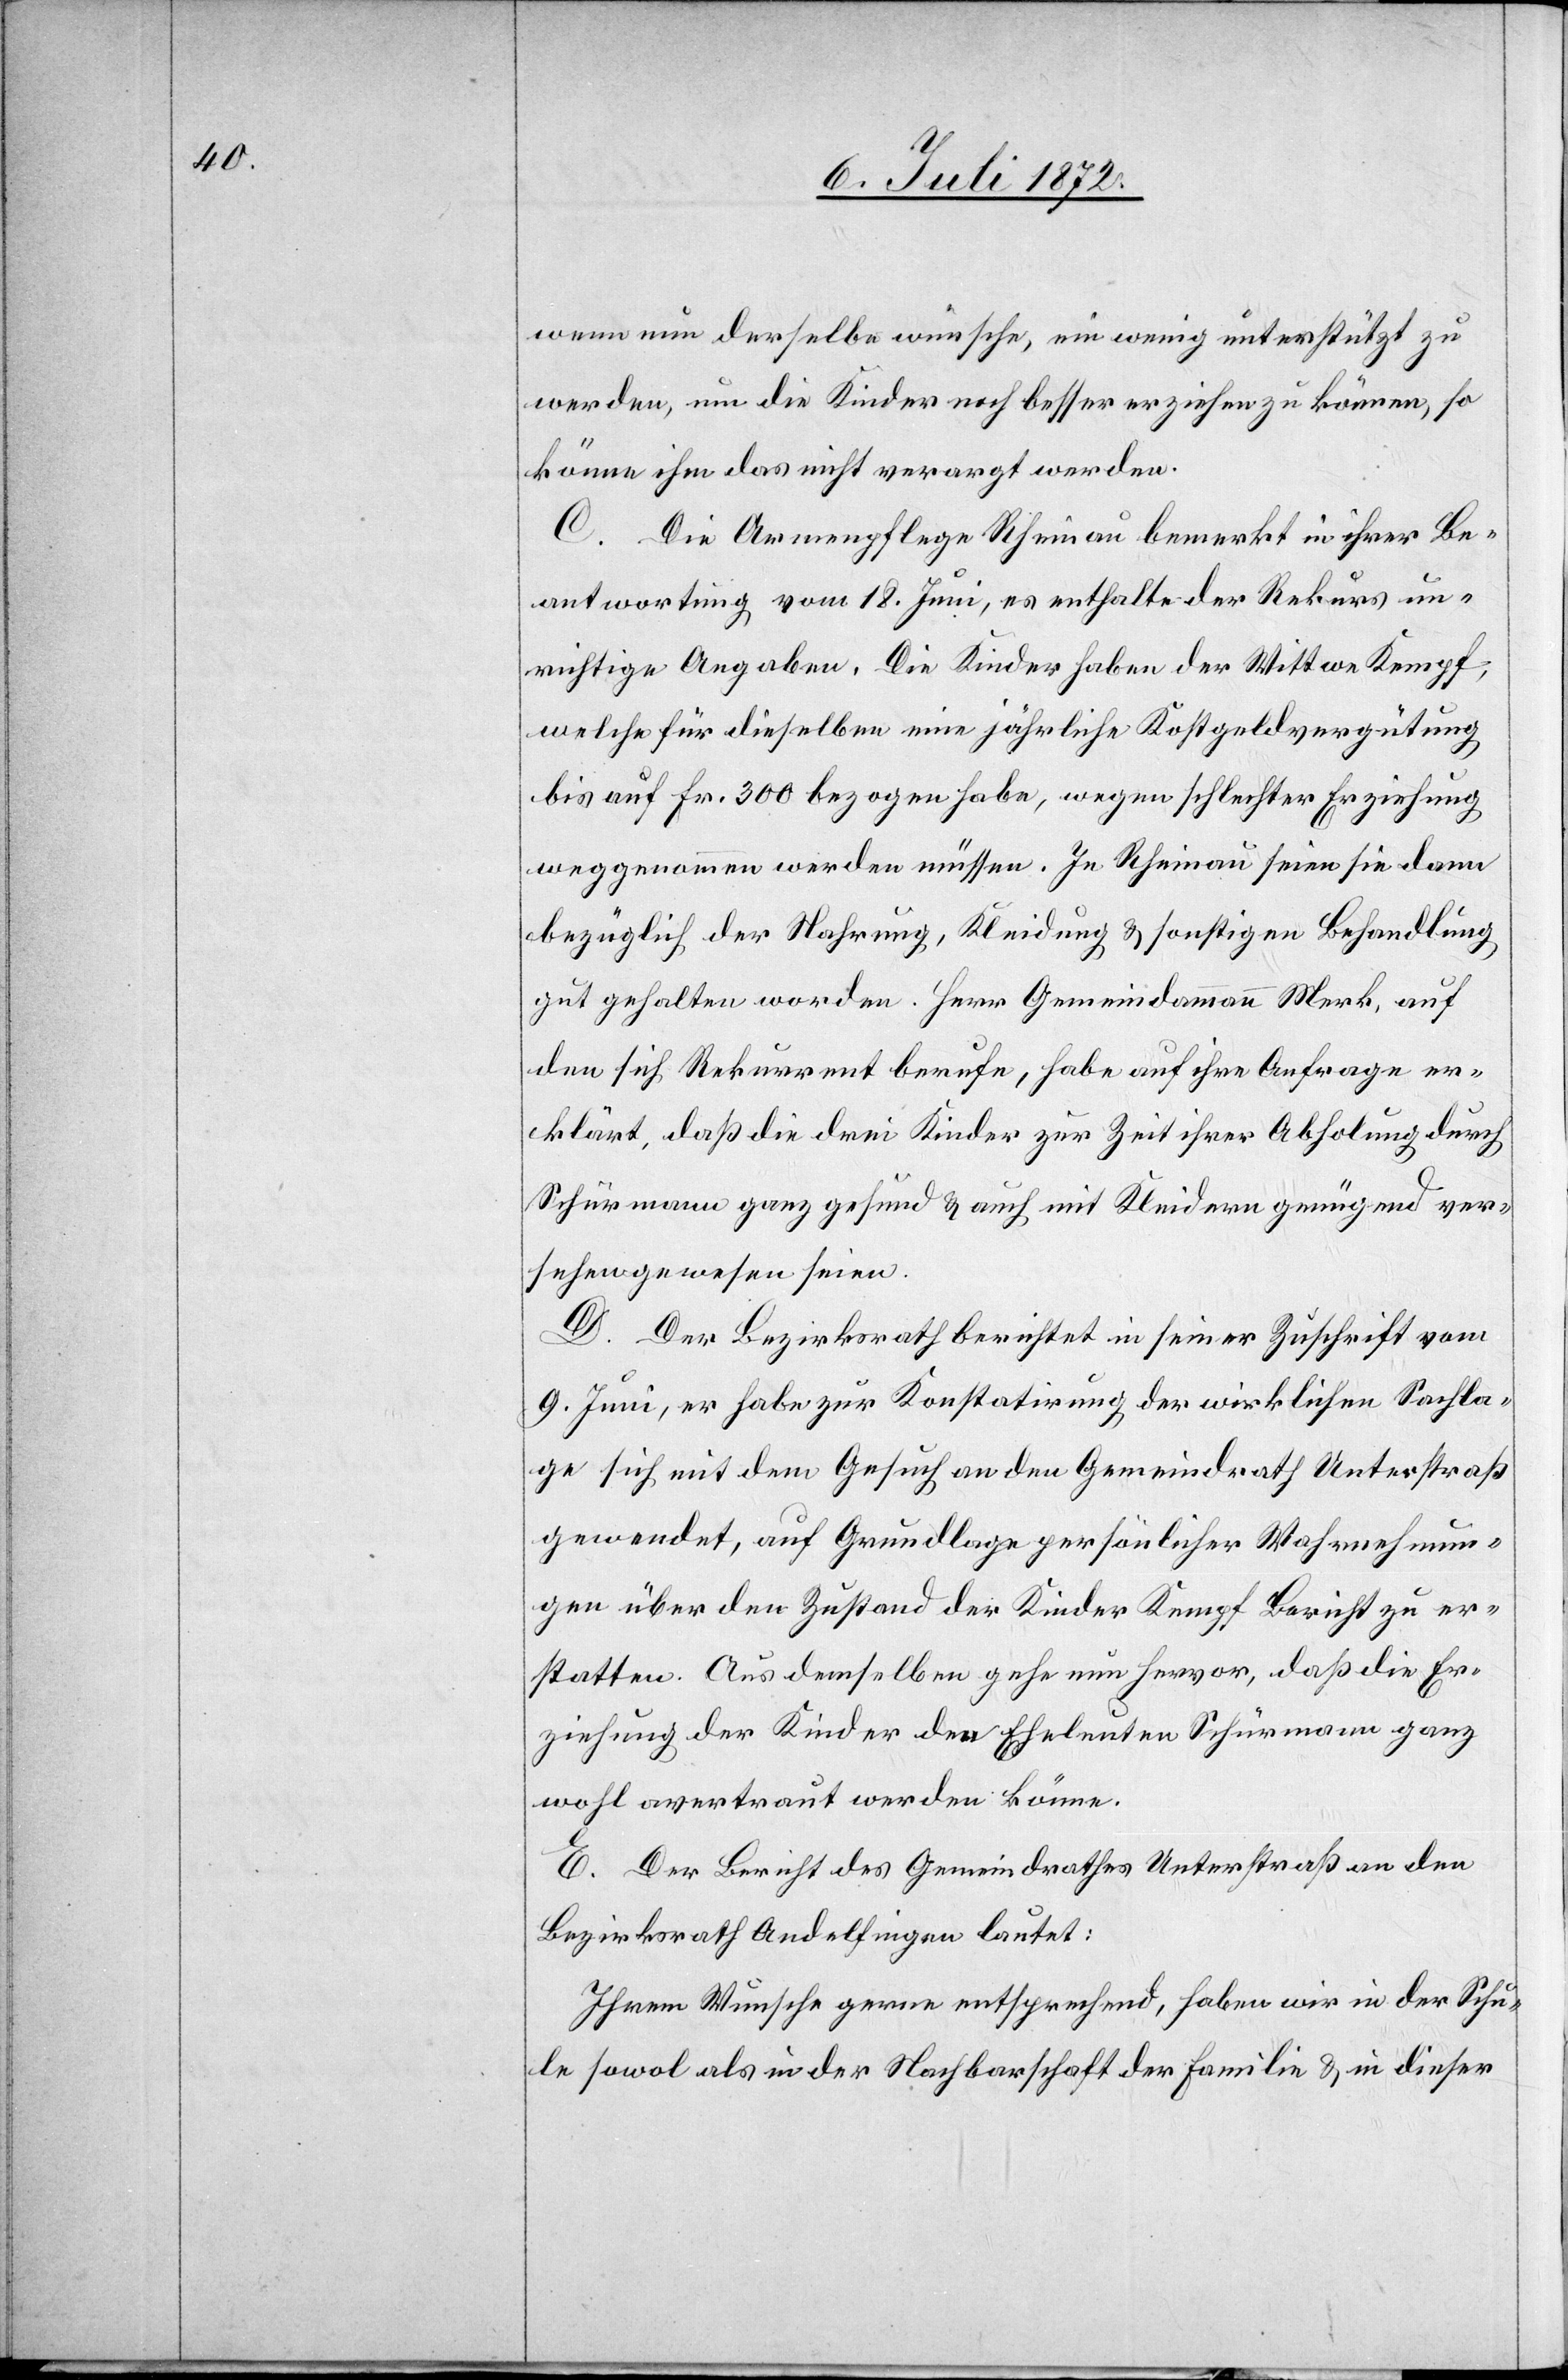
wenn nun derselbe wünsche, ein wenig unterstützt zu
werden, um die Kinder noch besser erziehen zu können, so
könne ihm das nicht verargt werden.
C. Die Armenpflege Rheinau bemerkt in ihrer Be¬
antwortung vom 18. Juni, es enthalte der Rekurs un¬
richtige Angaben. Die Kinder haben der Wittwe Kempf,
welche für dieselben eine jährliche Kostgeldvergütung
bis auf Fr. 300 bezogen habe, wegen schlechter Erziehung
weggenommen werden müssen. In Rheinau seien sie dann
bezüglich der Nahrung, Kleidung u. sonstigen Behandlung
gut gehalten worden. Herr Gemeindammann Merk, auf
den sich Rekurrent berufe, habe auf ihre Anfrage er¬
klärt, daß die drei Kinder zur Zeit ihrer Abholung durch
Schürmann ganz gesund u. auch mit Kleidern genügend ver¬
sehen gewesen seien.
D. Der Bezirksrath berichtet in seiner Zuschrift vom
9. Juni, er habe zur Konstatirung der wirklichen Sachla¬
ge sich mit dem Gesuch an den Gemeindrath Unterstraß
gewendet, auf Grundlage persönlicher Wahrnehmun¬
gen über den Zustand der Kinder Kempf Bericht zu er¬
statten. Aus demselben gehe nun hervor, daß die Er¬
ziehung der Kinder den Eheleuten Schürmann ganz
wohl anvertraut werden könne.
E. Der Bericht des Gemeindrathes Unterstraß an den
Bezirksrath Andelfingen lautet:
Ihrem Wunsche gerne entsprechend, haben wir in der Schu¬
le sowol als in der Nachbarschaft der Familie u. in dieser